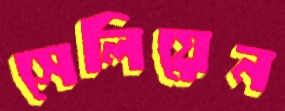
সেলিয়েন